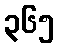
၃၆၅